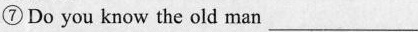
⑦Do you know the old man ___